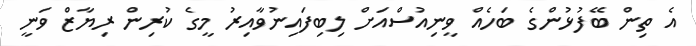
އެ ތިން ބޭފުޅުންގެ ބަހެއް ވީނިއުސްއަށް ލިބިފައިނުވާއިރު މީގެ ކުރިން ރިޔާޒް ވަނީ